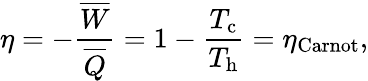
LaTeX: \eta=-\frac{\overline{{W}}}{\overline{{Q}}}=1-\frac{T_{\mathrm{c}}}{T_{\mathrm{h}}}=\eta_{\mathrm{Carnot}},